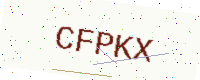
Text: CFPKX